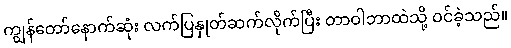
ကျွန်တော်နောက်ဆုံး လက်ပြနှုတ်ဆက်လိုက်ပြီး တာဝါဘာထဲသို့ ဝင်ခဲ့သည်။